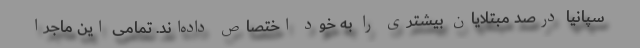
سپانیا درصد مبتلایان بیشتری را به خود اختصاص داده‌اند. تمامی این ماجرا